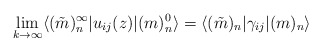
\begin{align*}\lim_{k\rightarrow \infty} \langle (\tilde{m})_n^{\infty}|u_{ij} (z)| (m)_n^0 \rangle =\langle (\tilde{m})_n |\gamma_{ij}| (m)_n \rangle\end{align*}